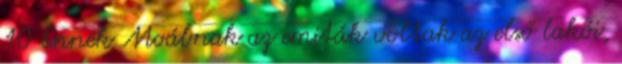
10 Ennek Moábnak az emiták voltak az első lakói,